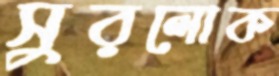
সুরলোক